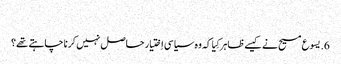
‏
6.‏ یسوع مسیح نے کیسے ظاہر کِیا کہ وہ سیاسی اِختیار حاصل نہیں کرنا چاہتے تھے؟